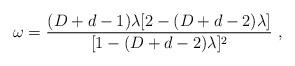
LaTeX: \begin{align*}\omega = {(D+d-1)\lambda[2-(D+d-2)\lambda] \over [1-(D+d-2)\lambda]^2} \ ,\end{align*}